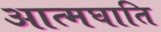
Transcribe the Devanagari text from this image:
आत्मघाति